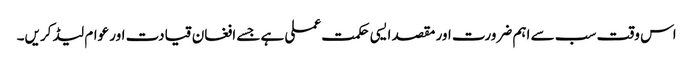
اس وقت سب سے اہم ضرورت اور مقصد ایسی حکمت عملی ہے جسے افغان قیادت اور عوام لیڈ کریں۔